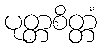
ပုတ္တစိတ္တံ